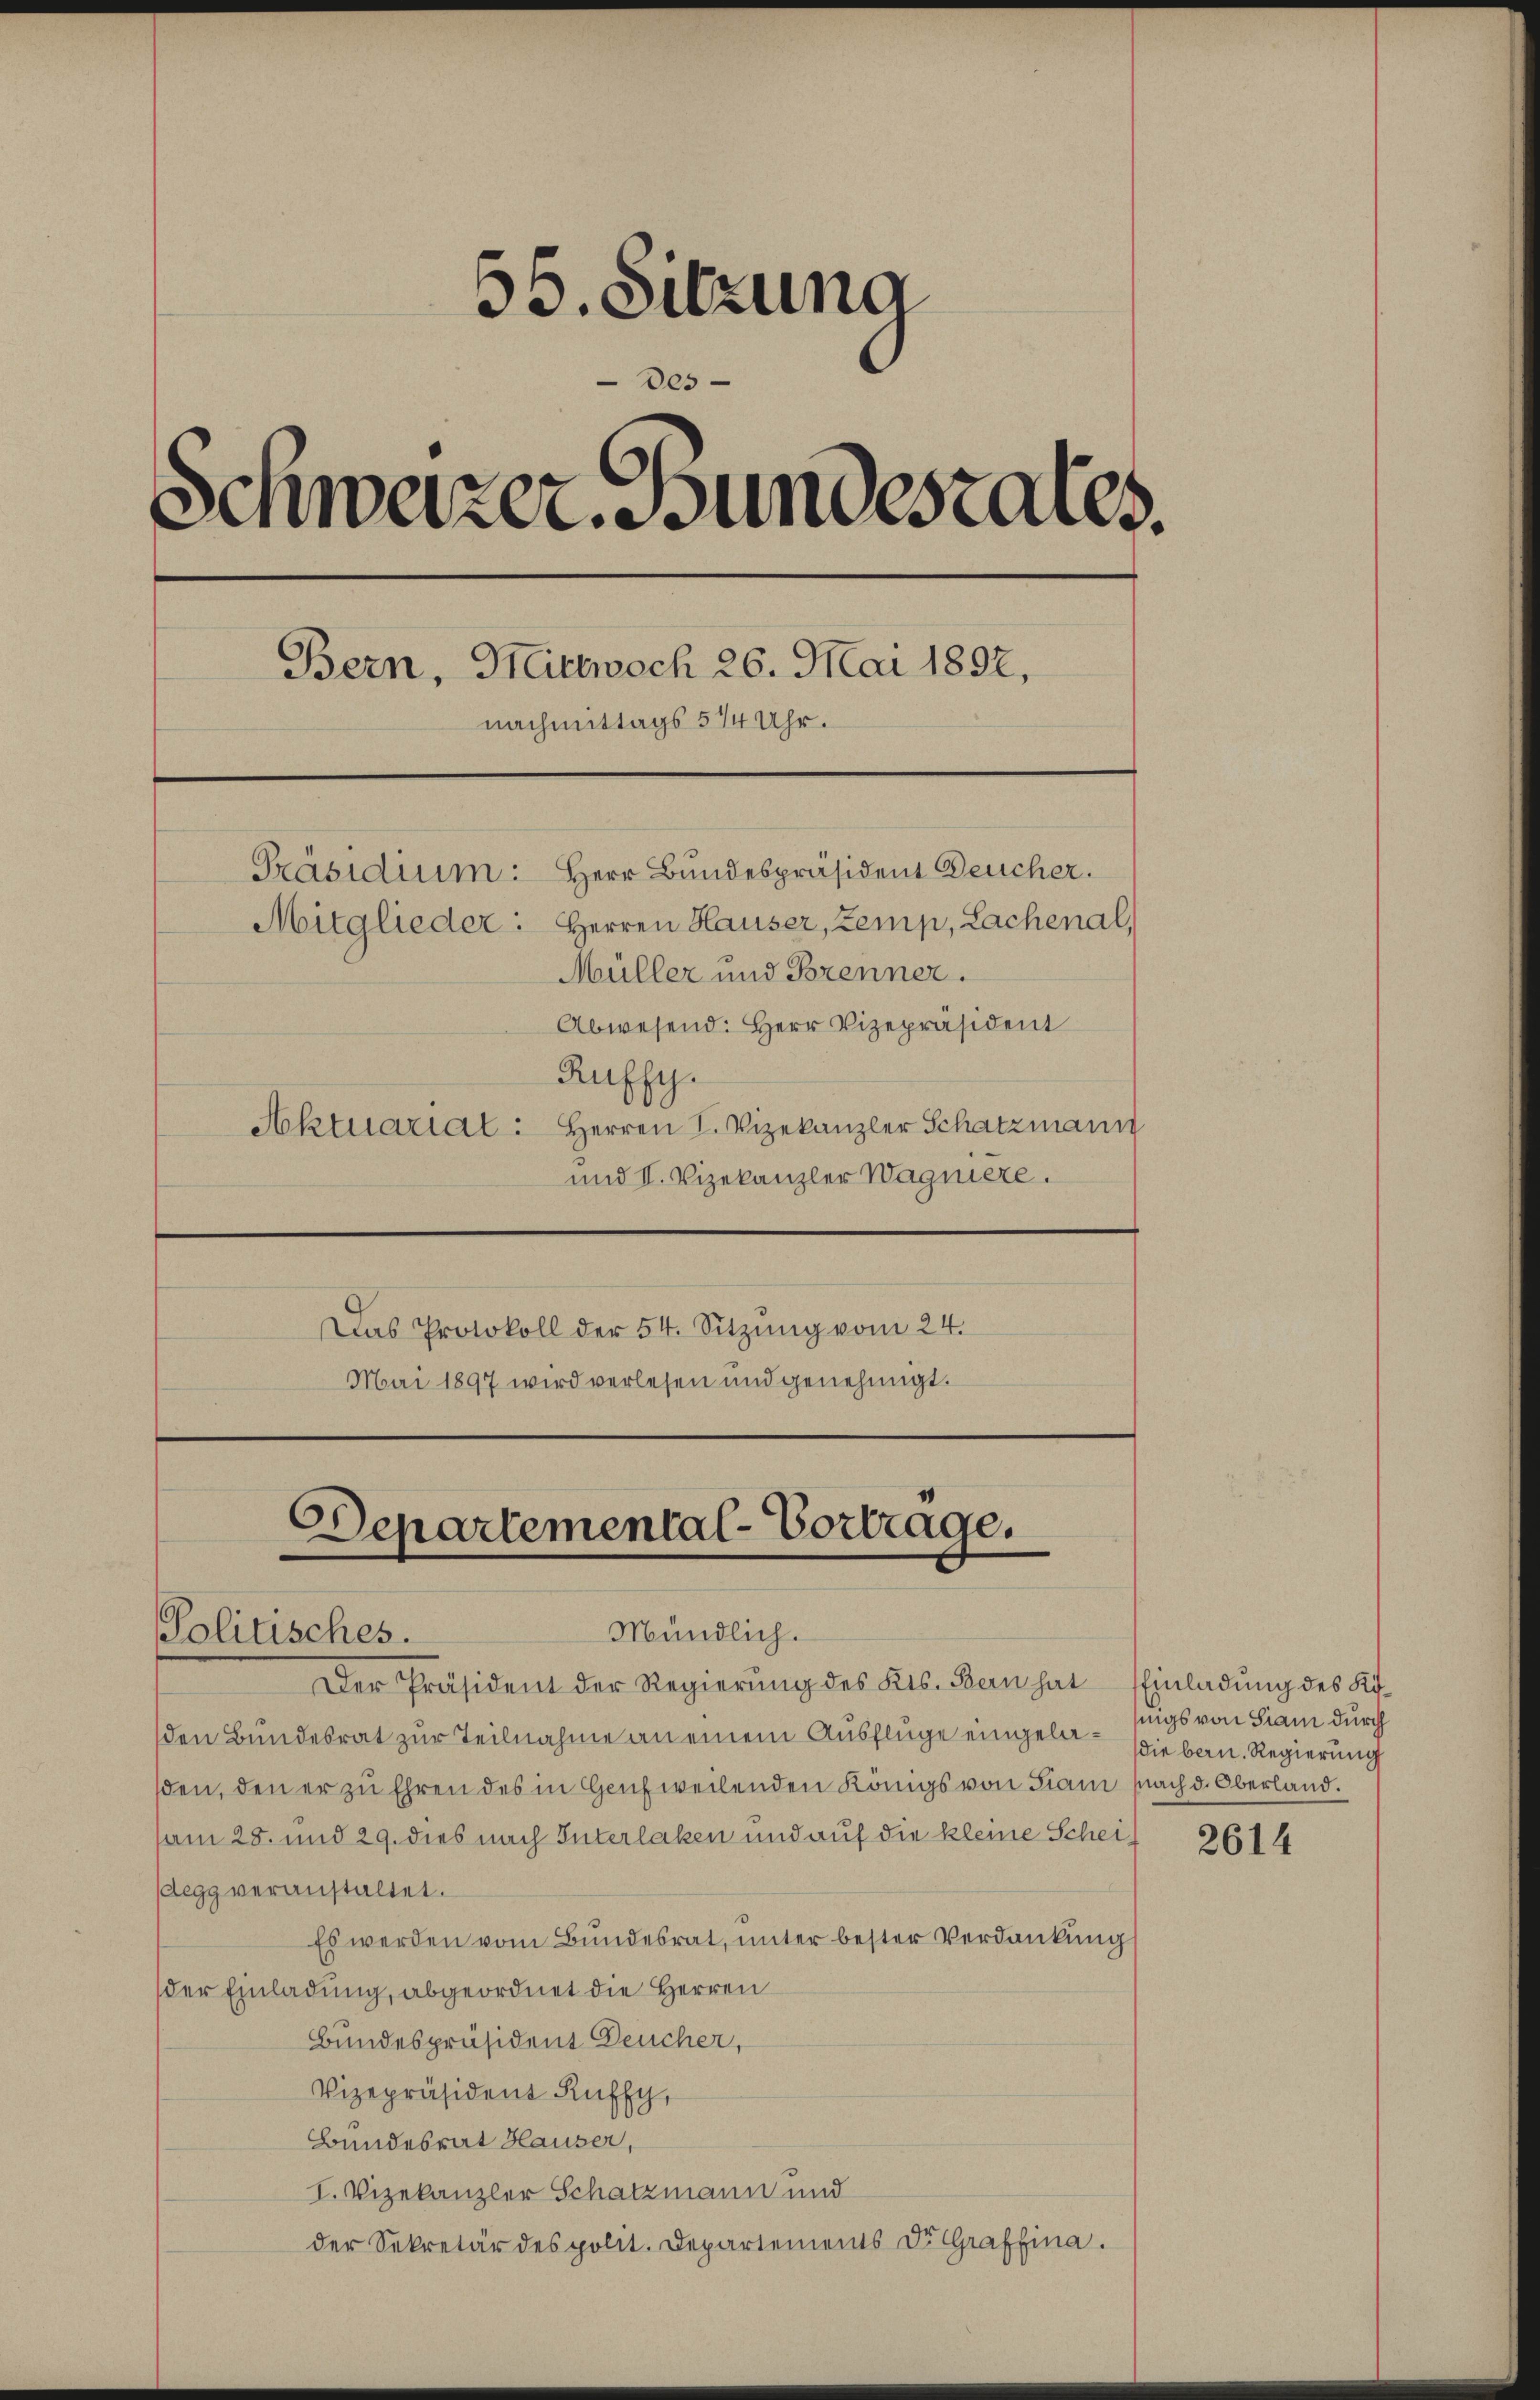
56. Sitzung
des
Schwazer Bundesrates.
Bern, Hittwoch 26. Mai 1892,
nachmittags 514 Uhr.
Präsidium: Herr Bundespräsident Deucher.
Mitglieder: Herren Hauser, Zemp, Lachenal,
Müller und Brenner.
Abwesend: Herr Vizepräsident

Ruffy.
Aktuariat: Herren I. Vizekanzler Schatzmann
und II. Vizekanzler Wagniere.
Das Protokoll der 54. Sitzŭng vom 24.
Mai 1897 wird verlesen und genehmigt.

Der Präsident der Regierung des Kts. Bern hat Einladung des Köden Bundesrat zur Teilnahme an einem Ausflüge eingelasden, den er zu Ehren des in Hausweilenden Königs von Tram nach d. Oberland.
am 28. und 29. dies nach Interlaken und auf die kleine Scheidegg veranstaltet.
Es werden vom Bundesrat, unter bester Verdankung
der Einladung, abgeordnet die Herren
Bundespräsident Deucher,
Vizepräsident Ruffch,
Bundesrat Hauser,
I. Vizekanzler Schatzmann und
der Sekretär des polit. Departements Dr. Graffina.

Departemental-Vortrage.
Mündlich.
Politisches.

igs von Siam durch
Die bern. Regierung

2614